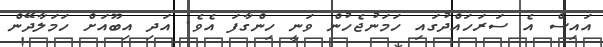
އައިސް އެ ސަރަހައްދުގައި ހަމަނުޖެހުން ވަނީ ހިންގާފަ އެވެ. އަދި އިބޫއަށް ހަމަލާދޭން